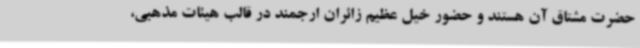
حضرت مشتاق آن هستند و حضور خیل عظیم زائران ارجمند در قالب هیئات مذهبی،